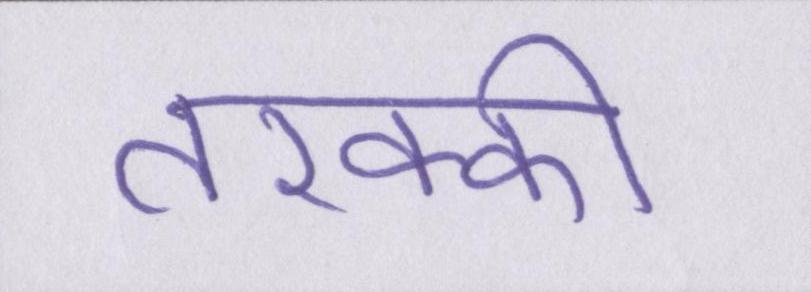
तरक्की